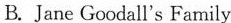
B. Jane Goodall's Family